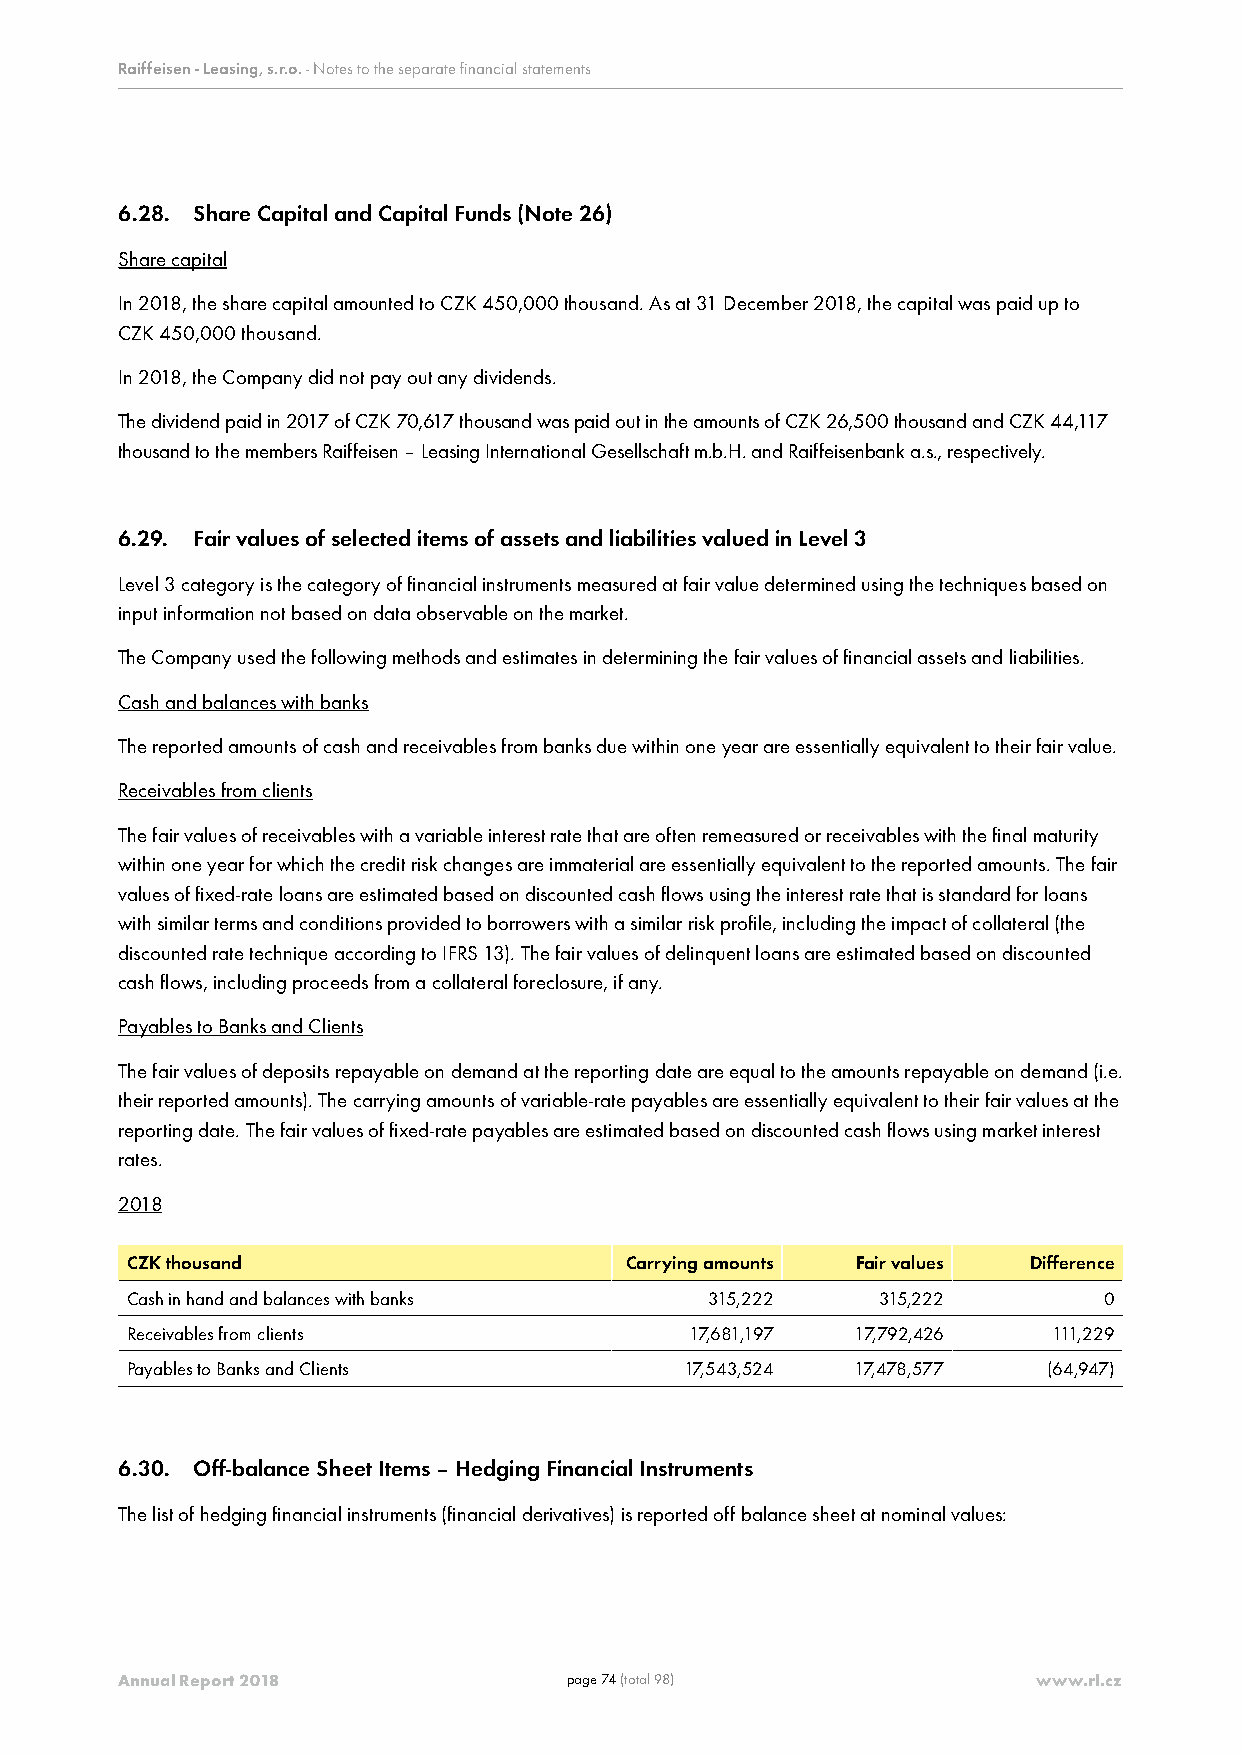
Raiffeisen - Leasing, s.r.o. - Notes to the separate financial statements
 6.28. Share Capital and Capital Funds (Note 26)
 Share capital
 In 2018, the share capital amounted to CZK 450,000 thousand. As at 31 December 2018, the capital was paid up to
 CZK 450,000 thousand.
 In 2018, the Company did not pay out any dividends.
 The dividend paid in 2017 of CZK 70,617 thousand was paid out in the amounts of CZK 26,500 thousand and CZK 44,117
 thousand to the members Raiffeisen – Leasing International Gesellschaft m.b.H. and Raiffeisenbank a.s., respectively.
 6.29. Fair values of selected items of assets and liabilities valued in Level 3
 Level 3 category is the category of financial instruments measured at fair value determined using the techniques based on
 input information not based on data observable on the market.
 The Company used the following methods and estimates in determining the fair values of financial assets and liabilities.
 Cash and balances with banks
 The reported amounts of cash and receivables from banks due within one year are essentially equivalent to their fair value.
 Receivables from clients
 The fair values of receivables with a variable interest rate that are often remeasured or receivables with the final maturity
 within one year for which the credit risk changes are immaterial are essentially equivalent to the reported amounts. The fair
 values of fixed-rate loans are estimated based on discounted cash flows using the interest rate that is standard for loans
 with similar terms and conditions provided to borrowers with a similar risk profile, including the impact of collateral (the
 discounted rate technique according to IFRS 13). The fair values of delinquent loans are estimated based on discounted
 cash flows, including proceeds from a collateral foreclosure, if any.
 Payables to Banks and Clients
 The fair values of deposits repayable on demand at the reporting date are equal to the amounts repayable on demand (i.e.
 their reported amounts). The carrying amounts of variable-rate payables are essentially equivalent to their fair values at the
 reporting date. The fair values of fixed-rate payables are estimated based on discounted cash flows using market interest
 rates.
 2018
 CZK thousand                     Carrying amounts Fair values Difference
 Cash in hand and balances with banks   315,222    315,222        0
 Receivables from clients              17,681,197 17,792,426   111,229
 Payables to Banks and Clients        17,543,524 17,478,577   (64,947)
 6.30. Off-balance Sheet Items – Hedging Financial Instruments
 The list of hedging financial instruments (financial derivatives) is reported off balance sheet at nominal values:
 Annual Report 2018           page 74 (total 98)              www.rl.cz